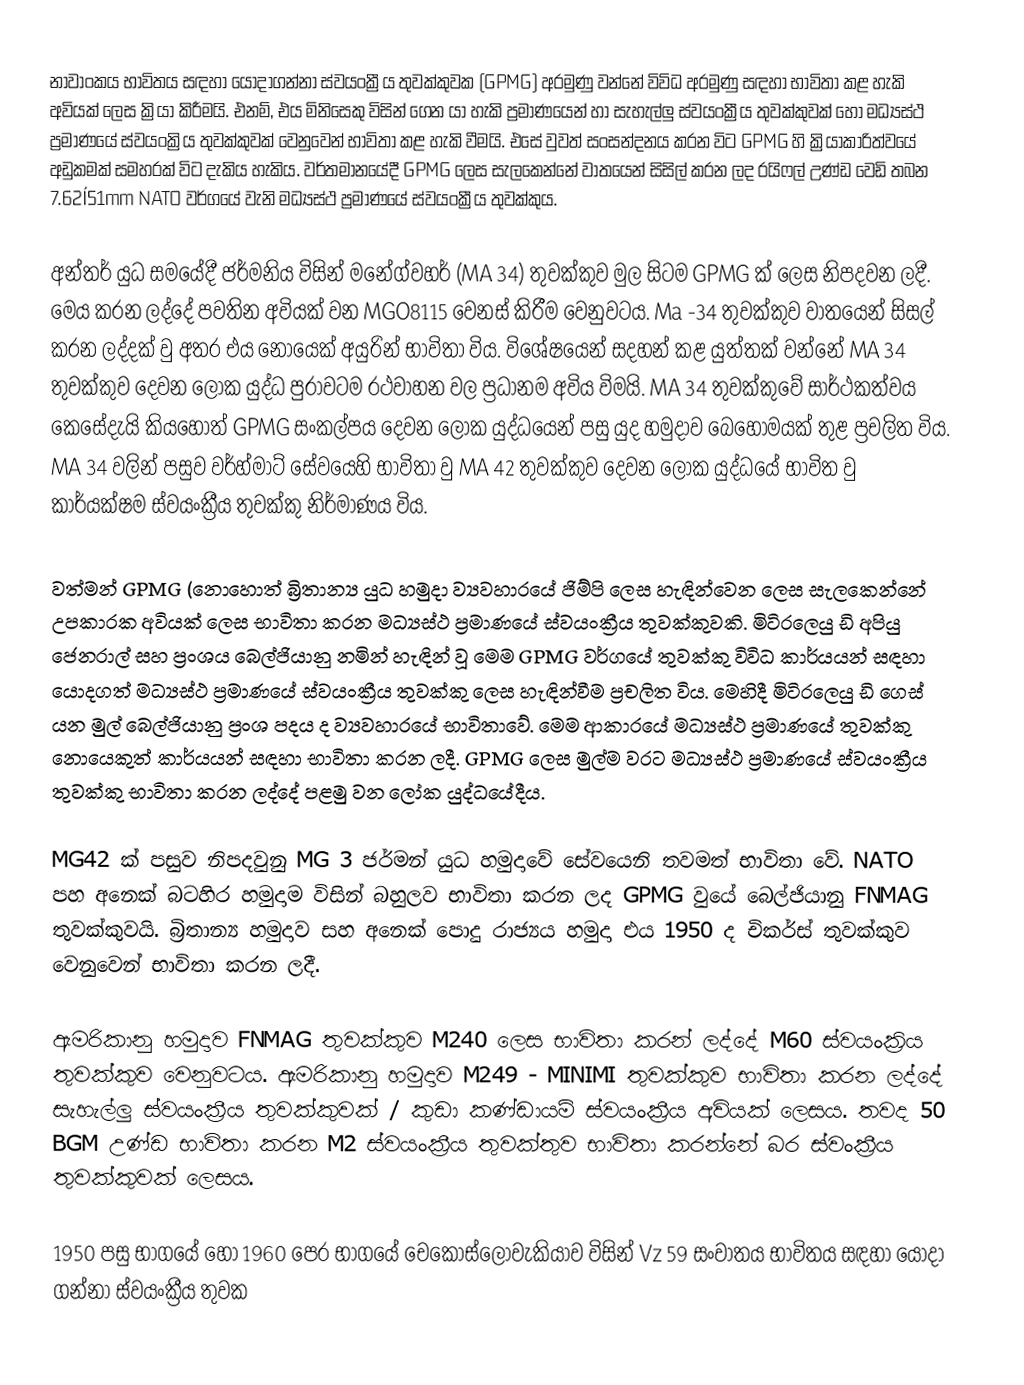
නාවාංකය භාවිතය සඳහා යොදාගන්නා ස්වයංක්‍රීය තුවක්කුවක (GPMG) අරමුණු වන්නේ විවිධ අරමුණු සඳහා භාවිතා කළ හැකි අවියක් ලෙස ක්‍රියා කිරීමයි. එනම්, එය මිනිසෙකු විසින් ගෙන යා හැකි ප්‍රමාණයෙන් හා සැහැල්ලු ස්වයංක්‍රීය තුවක්කුවක් හෝ මධ්‍යස්ථ ප්‍රමාණයේ ස්වයංක්‍රිය තුවක්කුවක් වෙනුවෙන් භාවිතා කළ හැකි වීමයි. එසේ වුවත් සංසන්දනය කරන විට GPMG හි ක්‍රියාකාරිත්වයේ අඩුකමක් සමහරක් විට දැකිය හැකිය. වර්තමානයේදී GPMG ලෙස සැලකෙන්නේ වාතයෙන් සිසිල් කරන ලද රයිෆල් උණ්ඩ වෙඩි තබන 7.62Í51mm NATO වර්ගයේ වැනි මධ්‍යස්ථ ප්‍රමාණයේ ස්වයංක්‍රීය තුවක්කුය.

අන්තර් යුධ සමයේදී ජර්මනිය විසින් මනේග්වහර් (MA 34) තුවක්කුව මුල සිටම GPMG ක් ලෙස නිපදවන ලදී. මෙය කරන ලද්දේ පවතින අවියක් වන MGO8115  වෙනස් කිරීම වෙනුවටය. Ma -34 තුවක්කුව වාතයෙන් සිසල් කරන ලද්දක් වු අතර එය නොයෙක් අයුරින් භාවිතා විය. විශේෂයෙන් සදහන් කළ යුත්තක් වන්නේ MA 34 තුවක්කුව දෙවන ලෝක යුද්ධ පුරාවටම රථවාහන වල ප්‍රධානම අවිය විමයි. MA 34 තුවක්කුවේ සාර්ථකත්වය කෙසේදැයි කියහොත් GPMG සංකල්පය දෙවන ලෝක යුද්ධයෙන් පසු යුද හමුදාව බෙහොමයක් තුළ ප්‍රචලිත විය. MA 34 වලින් පසුව වර්හ්මාට් සේවයෙහි භාවිතා වු  MA 42 තුවක්කුව දෙවන ලෝක යුද්ධයේ භාවිත වු කාර්යක්ෂම ස්වයංක්‍රීය තුවක්කු නිර්මාණය විය.

වත්මන් GPMG (නොහොත් බ්‍රිතාන්‍ය යුධ හමුදා ව්‍යවහාරයේ ජිම්පි ලෙස හැඳින්වෙන ලෙස සැලකෙන්නේ උපකාරක අවියක් ලෙස භාවිතා කරන මධ්‍යස්ථ ප්‍රමාණයේ ස්වයංක්‍රීය තුවක්කුවකි. මිටිරලෙයු ඩි අපියු ජෙනරාල් සහ ප්‍රංශය බෙල්ජියානු නමින් හැඳින් වූ මෙම GPMG වර්ගයේ තුවක්කු විවිධ කාර්යයන් සඳහා යොදගත් මධ්‍යස්ථ ප්‍රමාණයේ ස්වයංක්‍රීය තුවක්කු ලෙස හැඳින්වීම ප්‍රචලිත විය. මෙහිදී මිටිරලෙයු ඩි ගෙස් යන මුල් බෙල්ජියානු ප්‍රංශ පදය ද ව්‍යවහාරයේ භාවිතාවේ. මෙම ආකාරයේ මධ්‍යස්ථ ප්‍රමාණයේ තුවක්කු නොයෙකුත් කාර්යයන් සඳහා භාවිතා කරන ලදී. GPMG ලෙස මුල්ම වරට මධ්‍යස්ථ ප්‍රමාණයේ ස්වයංක්‍රීය තුවක්කු භාවිතා කරන ලද්දේ පළමු වන ලෝක යුද්ධයේදීය.

MG42 ක් පසුව නිපදවුනු  MG 3 ජර්මන් යුධ හමුදාවේ සේවයෙනි තවමත් භාවිතා වේ. NATO  පහ අනෙක් බටහිර හමුදාම විසින් බහුලව භාවිතා කරන ලද GPMG  වුයේ බෙල්ජියානු FNMAG  තුවක්කුවයි. බ්‍රිතාන්‍ය හමුදාව සහ අනෙක් පොදු රාජ්‍යය හමුදා එය 1950 ද චිකර්ස් තුවක්කුව වෙනුවෙන් භාවිතා කරන ලදී.

ඇමරිකානු හමුදාව FNMAG  තුවක්කුව M240 ලෙස භාවිතා කරන් ලද්දේ M60 ස්වයංක්‍රිය තුවක්කුව වෙනුවටය. ඇමරිකානු හමුදාව M249 - MINIMI තුවක්කුව භාවිතා කරන ලද්දේ සැහැල්ලු ස්වයංක්‍රීය තුවක්කුවක් / කුඩා කණ්ඩායම් ස්වයංක්‍රීය අවියක් ලෙසය. තවද  50 BGM උණ්ඩ භාවිතා කරන M2 ස්වයංක්‍රීය තුවක්තුව භාවිතා කරන්නේ බර ස්වංක්‍රීය තුවක්කුවක් ලෙසය.

1950 පසු භාගයේ හෝ 1960  පෙර භාගයේ  චෙකොස්ලොවැකියාව විසින් Vz 59  සංවාතය භාවිතය සඳහා යොදා ගන්නා ස්වයංක්‍රීය තුවක